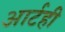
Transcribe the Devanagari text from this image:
आर्टही